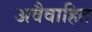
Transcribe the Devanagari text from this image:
अवैवाहित